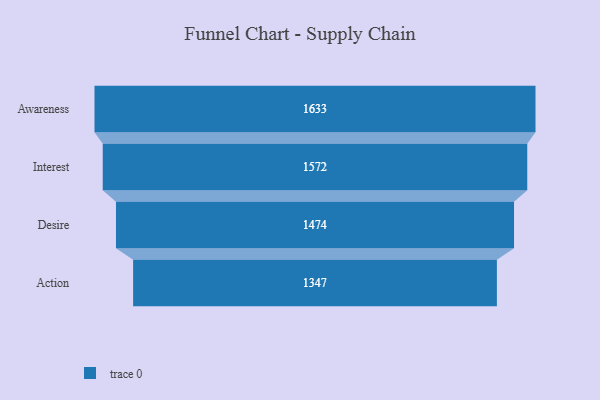
{"axis": {"x": "Stage", "y": "Value"}, "legend": [""], "data": [{"x": "Awareness", "y": 1633.0, "type": ""}, {"x": "Interest", "y": 1572.0, "type": ""}, {"x": "Desire", "y": 1474.0, "type": ""}, {"x": "Action", "y": 1347.0, "type": ""}]}